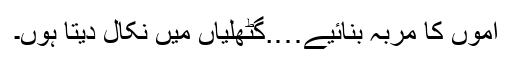
آموں کا مربہ بنائیے….گٹھلیاں میں نکال دیتا ہوں۔